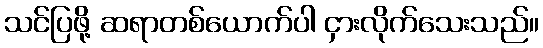
သင်ပြဖို့ ဆရာတစ်ယောက်ပါ ငှားလိုက်သေးသည်။